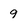
Character: 9